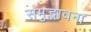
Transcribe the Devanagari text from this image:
समुद्भावना